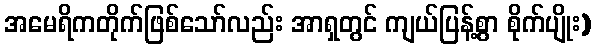
အမေရိကတိုက်ဖြစ်သော်လည်း အာရှတွင် ကျယ်ပြန့်စွာ စိုက်ပျိုး)